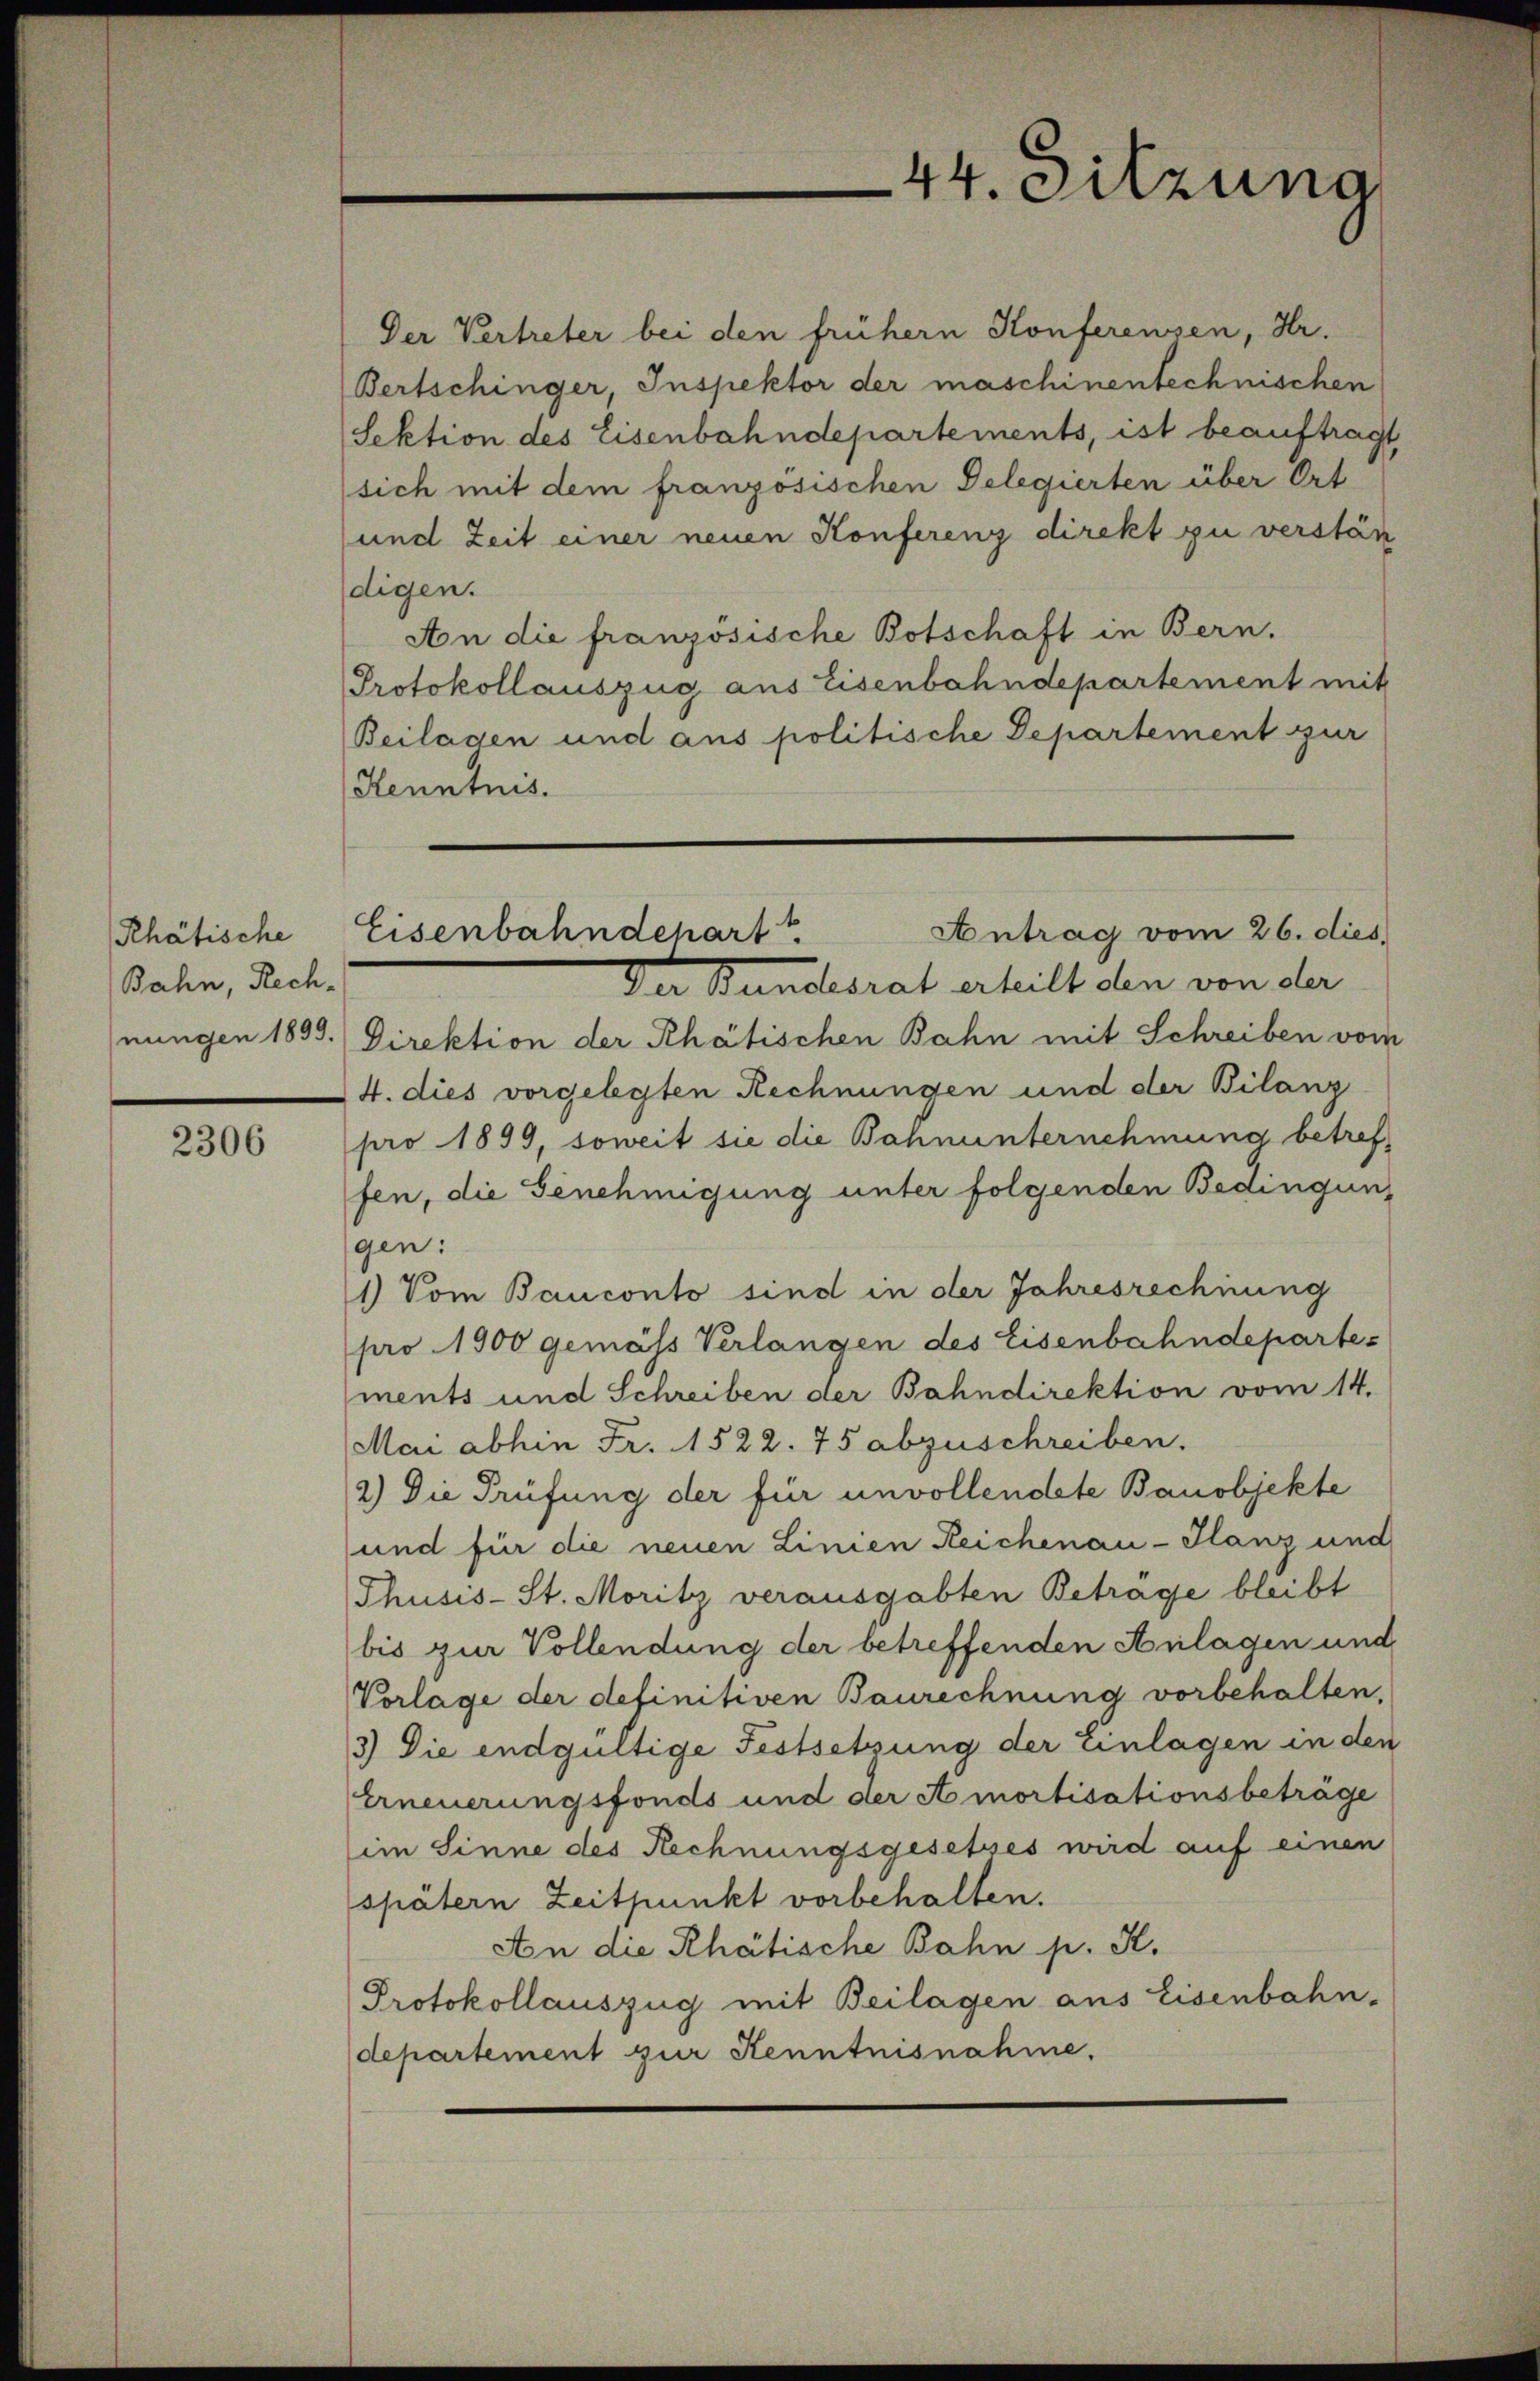
Rhätische
Bahn, Rechnungen 1899.

2306

Eisenbahndepart

44. Sitzung

Der Vertreter bei den frühern Konferenzen, Hr.
Bertschinger Inspektor der maschinentechnischen
Sektion des Eisenbahndepartements, ist beauftragt,
sich mit dem französischen Delegierten über Ort
und Zeit einer neuen Konferenz direkt zu verstän
digen.
An die französische Botschaft in Bern.
Protokollauszug aus Eisenbahndepartement mit
Beilagen und aus politische Departement zur
Kenntnis.

Der Bundesrat erheilt den von der
Direktion der Rhätischen Bahn mit Schreiben vom
4. dies vorgelegten Rechnungen und der Bilanz
pro 1899, soweit sie die Bahnunternehmung betreffen, die Genehmigung unter folgenden Bedingung
gen:
1) Vom Bauconto sind in der Jahresrechnung
pro 1900 gemäss Verlangen des Eisenbahndepartes
ments und Schreiben der Bahndirektion vom 14.
Mai abhin Fr. 1522. 75 abzuschreiben.
2.) Die Prüfung der für unvollendete Banobjekte
und für die neuen Linien Reichenau-Glanz und
Thusis-St. Moritz verausgabten Betrage bleibt
bis zur Vollendung der betreffenden Anlagen und
Vorlage der definitiven Baurechnung vorbehalten,
3) Die endgültige Festsetzung der Einlagen in den
Erneuerungsfonds und der Amortisationsbeträge
im Sinne des Rechnungsgesetzes wird auf einen
spätern Zeitpunkt vorbehalten.
An die Rhätische Bahn p. K.
Protokollauszug mit Beilagen aus Eisenbahn,
departement zur Kenntnisnahme.

Antrag vom 26. dies